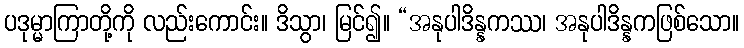
ပဒုမ္မာကြာတို့ကို လည်းကောင်း။ ဒိသွာ၊ မြင်၍။ “အနုပါဒိန္နကဿ၊ အနုပါဒိန္နကဖြစ်သော။